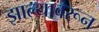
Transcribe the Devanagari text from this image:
झाल्यावरून